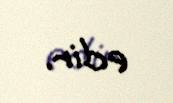
edir.